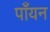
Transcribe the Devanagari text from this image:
पाँयन